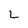
Character: L